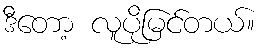
ဒီတော့ လူပိုမြင်တယ်။